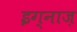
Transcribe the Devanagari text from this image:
इग्नाज़